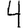
Digit: 4